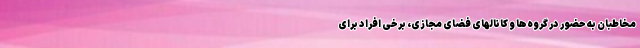
مخاطبان به حضور در گروه‌ها و کانالهای فضای مجازی، برخی افراد برای